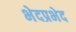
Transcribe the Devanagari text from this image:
भेदप्रभेद